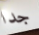
جدا